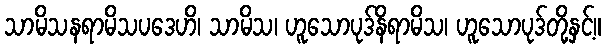
သာမိသနရာမိသပဒေဟိ၊ သာမိသ၊ ဟူသောပုဒ်နိရာမိသ၊ ဟူသောပုဒ်တို့နှင့်။